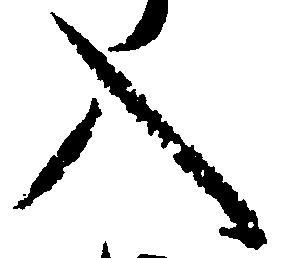
入